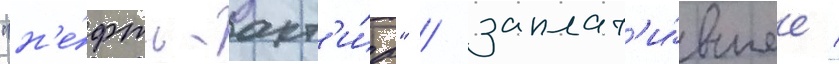
"н'е́фть-акт'и́в" / заплат'и́вшее 1